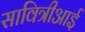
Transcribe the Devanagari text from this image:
सावित्रीआई